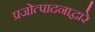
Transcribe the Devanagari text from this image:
प्रजोत्पादनाद्वारे